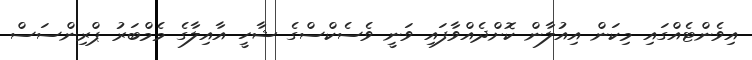
އިވެންޓެއްގައި މިކަން އިއުލާން ކޮށްދެއްވާފައި ވަނީ ވެސެކްސްގެ ޝާހީ އާއިލާގެ މެމްބަރު ޕްރިންސަސް